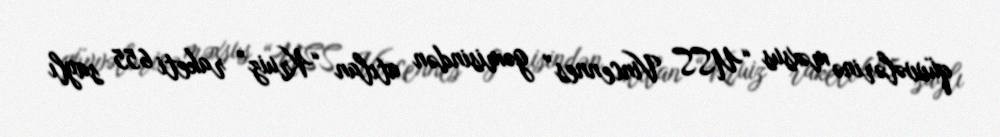
qüvvələrinə məxsus “USS Vincennes” gəmisindən atılan “Kruiz” raketi 655 saylı